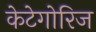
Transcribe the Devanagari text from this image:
केटेगोरिज